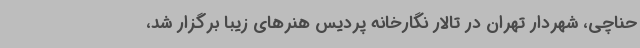
حناچی، شهردار تهران در تالار نگارخانه پردیس هنرهای زیبا برگزار شد،